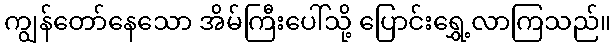
ကျွန်တော်နေသော အိမ်ကြီးပေါ်သို့ ပြောင်းရွှေ့လာကြသည်။